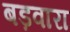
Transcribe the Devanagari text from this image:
बड़वारा